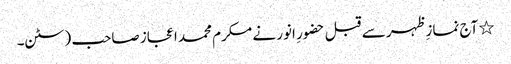
٭ آج نمازِ ظہر سے قبل حضورِ انور نے مکرم محمد اعجاز صاحب (سٹن۔